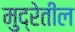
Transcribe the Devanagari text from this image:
मुद्रेतील